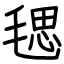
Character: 毸